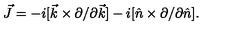
\vec { J } = - i [ \vec { k } \times \partial / \partial \vec { k } ] - i [ \hat { n } \times \partial / \partial \hat { n } ] .